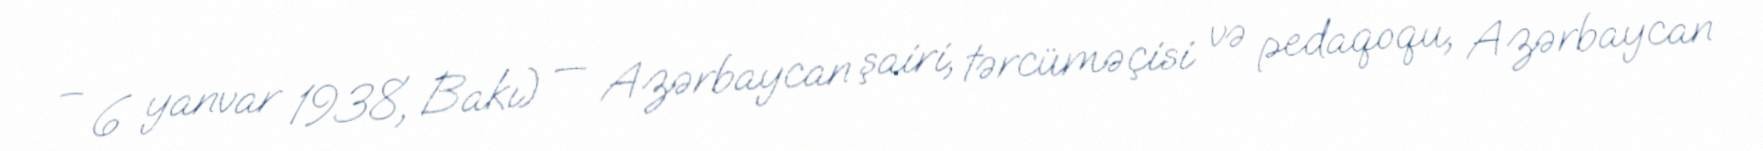
– 6 yanvar 1938, Bakı) — Azərbaycan şairi, tərcüməçisi və pedaqoqu, Azərbaycan